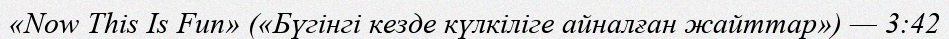
«Now This Is Fun» («Бүгінгі кезде күлкіліге айналған жайттар») — 3:42